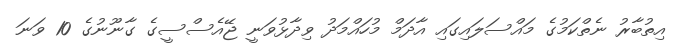
އިތުބާރު ނެތްކަމުގެ މައްސަލައިގައި އާދަމް މުހައްމަދު ވިދާޅުވަނީ ޖޭއެސްސީގެ ގާނޫނުގެ 10 ވަނަ